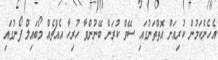
އެހެންކަމުން ކުރިއަށް އޮތްތަނުގައި ސޭވް ކުރަން ބޭނުންވާ ހުރިހާ އެއްޗެއް މޯބައިލް ފޯނުގައި